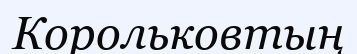
Корольковтың